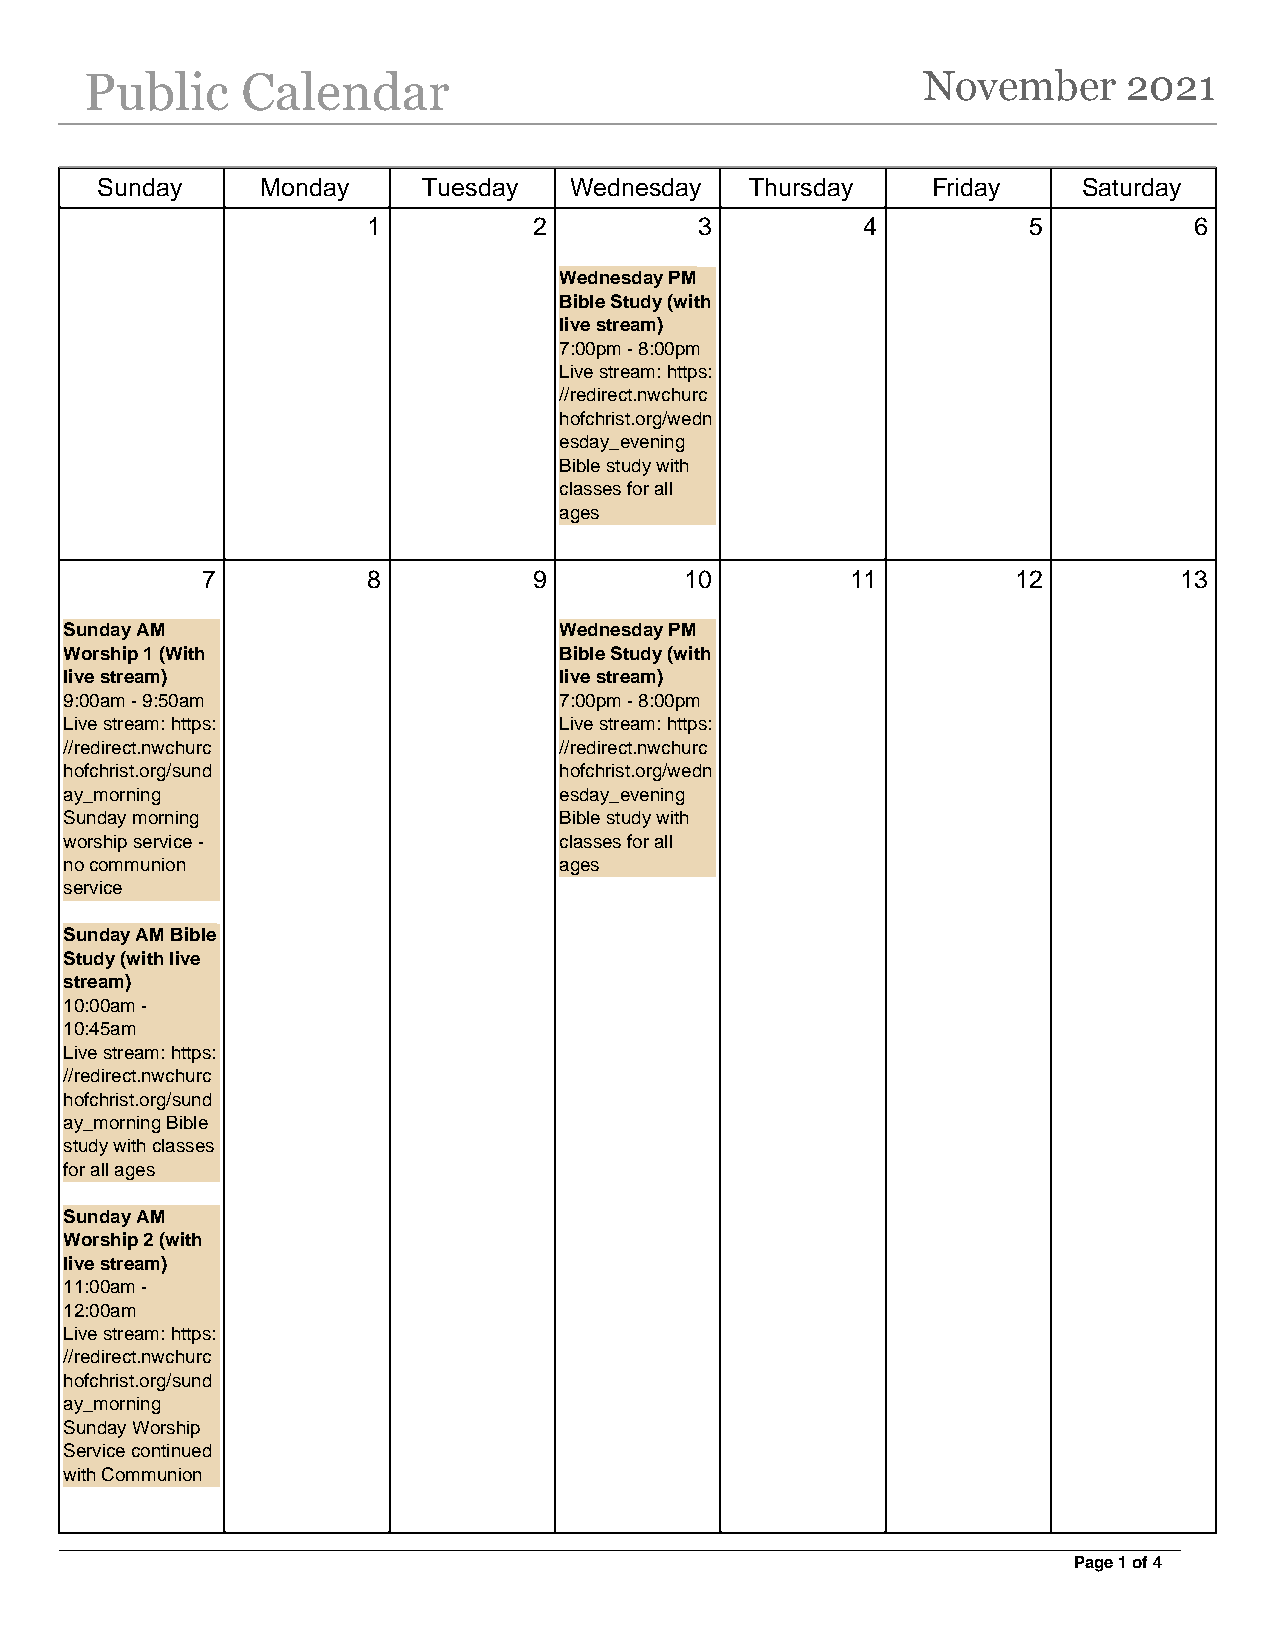
Public    Calendar                                     November      2021
 Sunday     Monday     Tuesday   Wednesday   Thursday    Friday    Saturday
 1          2          3          4          5          6
 Wednesday PM
 Bible Study (with
 live stream)
 7:00pm - 8:00pm
 Live stream: https:
 //redirect.nwchurc
 hofchrist.org/wedn
 esday_evening
 Bible study with
 classes for all
 ages
 7          8          9         10         11         12         13
 Sunday AM                        Wednesday PM
 Worship 1 (With                  Bible Study (with
 live stream)                     live stream)
 9:00am - 9:50am                  7:00pm - 8:00pm
 Live stream: https:              Live stream: https:
 //redirect.nwchurc               //redirect.nwchurc
 hofchrist.org/sund               hofchrist.org/wedn
 ay_morning                       esday_evening
 Sunday morning                   Bible study with
 worship service -                classes for all
 no communion                     ages
 service
 Sunday AM Bible
 Study (with live
 stream)
 10:00am -
 10:45am
 Live stream: https:
 //redirect.nwchurc
 hofchrist.org/sund
 ay_morning Bible
 study with classes
 for all ages
 Sunday AM
 Worship 2 (with
 live stream)
 11:00am -
 12:00am
 Live stream: https:
 //redirect.nwchurc
 hofchrist.org/sund
 ay_morning
 Sunday Worship
 Service continued
 with Communion
 Page 1 of 4